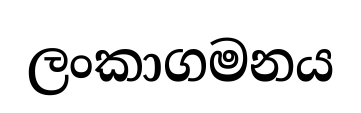
ලංකාගමනය